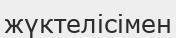
жүктелісімен